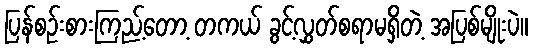
ပြန်စဉ်းစားကြည့်တော့ တကယ် ခွင့်လွှတ်စရာမရှိတဲ့ အပြစ်မျိုးပဲ။